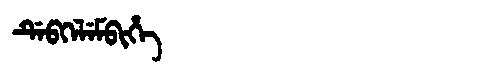
Manchu: ᡩᡝᠪᡴᡝᠯᡝᠮᠪᡳᡥᡝ
Romanization: DEBKELEMBIHE